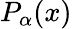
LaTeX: P_{\alpha}(x)